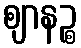
ဈာနဉ္စ